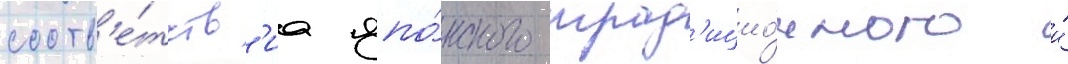
соотв'е́тств'иа япо́нского трад'ицио́нного и́